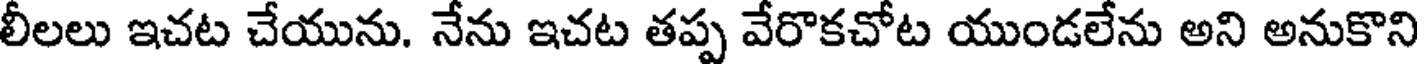
లీలలు ఇచట చేయును. నేను ఇచట తప్ప వేరొకచోట యుండలేను అని అనుకొని